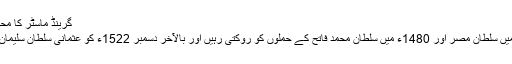
گرینڈ ماسٹر کا محل، نائٹس ہاسپٹلرز کے دور کی ایک عظیم یادگار
نائٹس کی تعمیر کردہ مضبوط دیواریں 1444ء میں سلطان مصر اور 1480ء میں سلطان محمد فاتح کے حملوں کو روکتی رہیں اور بالآخر دسمبر 1522ء کو عثمانی سلطان سلیمان اعظم کی عظیم فوج کے سامنے ہمت ہار بیٹھیں۔